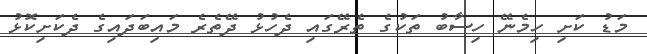
މަޑު ކަށި ހިމެނޭ ހިސާބު ތަކުގެ ތެރޭގައި ދެހުޅު ދޭތެރެ މައިބަދައިގެ ދެކަށިކޮޅު